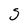
Character: S